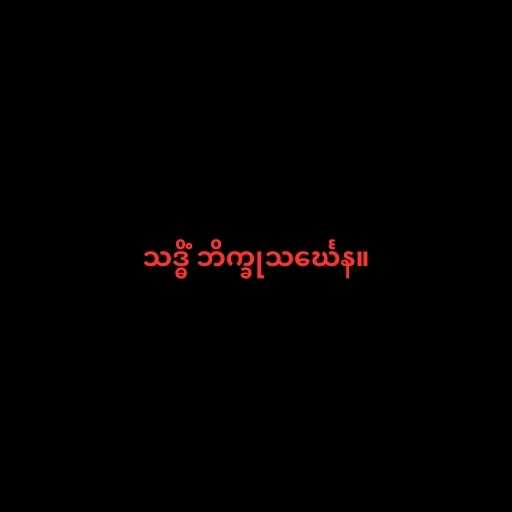
သဒ္ဓိံ ဘိက္ခုသင်္ဃေန။